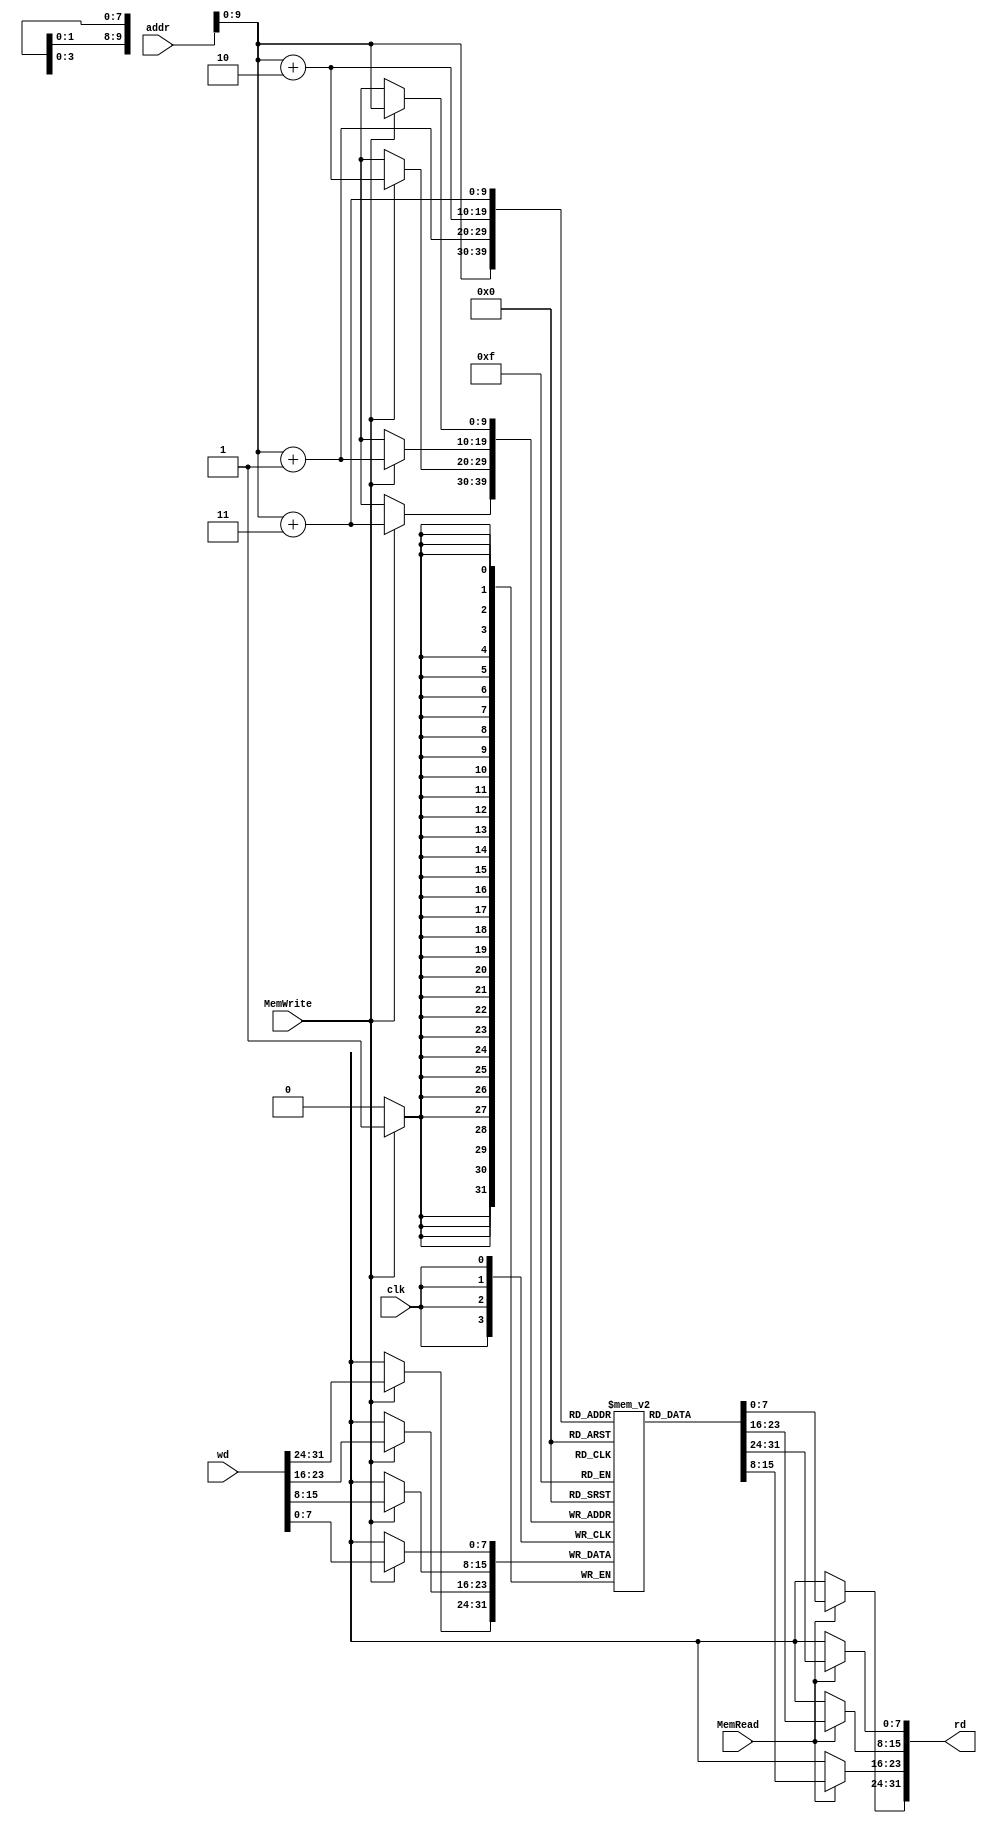
/*
Memory

	
	Input Port
		1. clk
		2. MemRead: OO_i
		3. MemWrite: OO_igJ
		4. wd: gJO
		5. addr: sOm
	Output Port
		1. rd: O
*/
module memory( clk, MemRead, MemWrite, wd, addr, rd );
	input clk, MemRead, MemWrite;
	input[31:0] addr, wd;
	output[31:0] rd;
	reg[31:0] rd;
	
	// Memory size: 1KB.
	reg [7:0] mem_array [0:1023];
	
	// HUwOm 
	always @( MemRead or mem_array[addr] or mem_array[addr+1] or 
			  mem_array[addr+2] or mem_array[addr+3] ) begin
		if ( MemRead == 1'b1 ) begin
			rd[7:0] = mem_array[addr];
			rd[15:8] = mem_array[addr+1];
			rd[23:16] = mem_array[addr+2];
			rd[31:24] = mem_array[addr+3];
			 $display( "%d, reading data: Mem[%d] => %d", $time/10, addr, rd );
		end
		else rd = 32'hxxxxxxxx;
	end
	
	// HUNgJwOm
	always @( posedge clk ) begin
		if ( MemWrite == 1'b1 ) begin
		     $display( "%d, writing data: Mem[%d] <= %d", $time/10, addr, wd );
			mem_array[addr] <= wd[7:0];
			mem_array[addr+1] <= wd[15:8];
			mem_array[addr+2] <= wd[23:16];
			mem_array[addr+3] <= wd[31:24];
		end
	end
	
endmodule